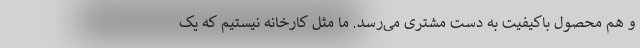
و هم محصول باکیفیت به دست مشتری می‌رسد. ما مثل کارخانه نیستیم که یک